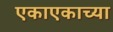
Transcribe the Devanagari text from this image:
एकाएकाच्या